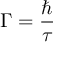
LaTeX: \Gamma = { \frac { \hbar } { \tau } }